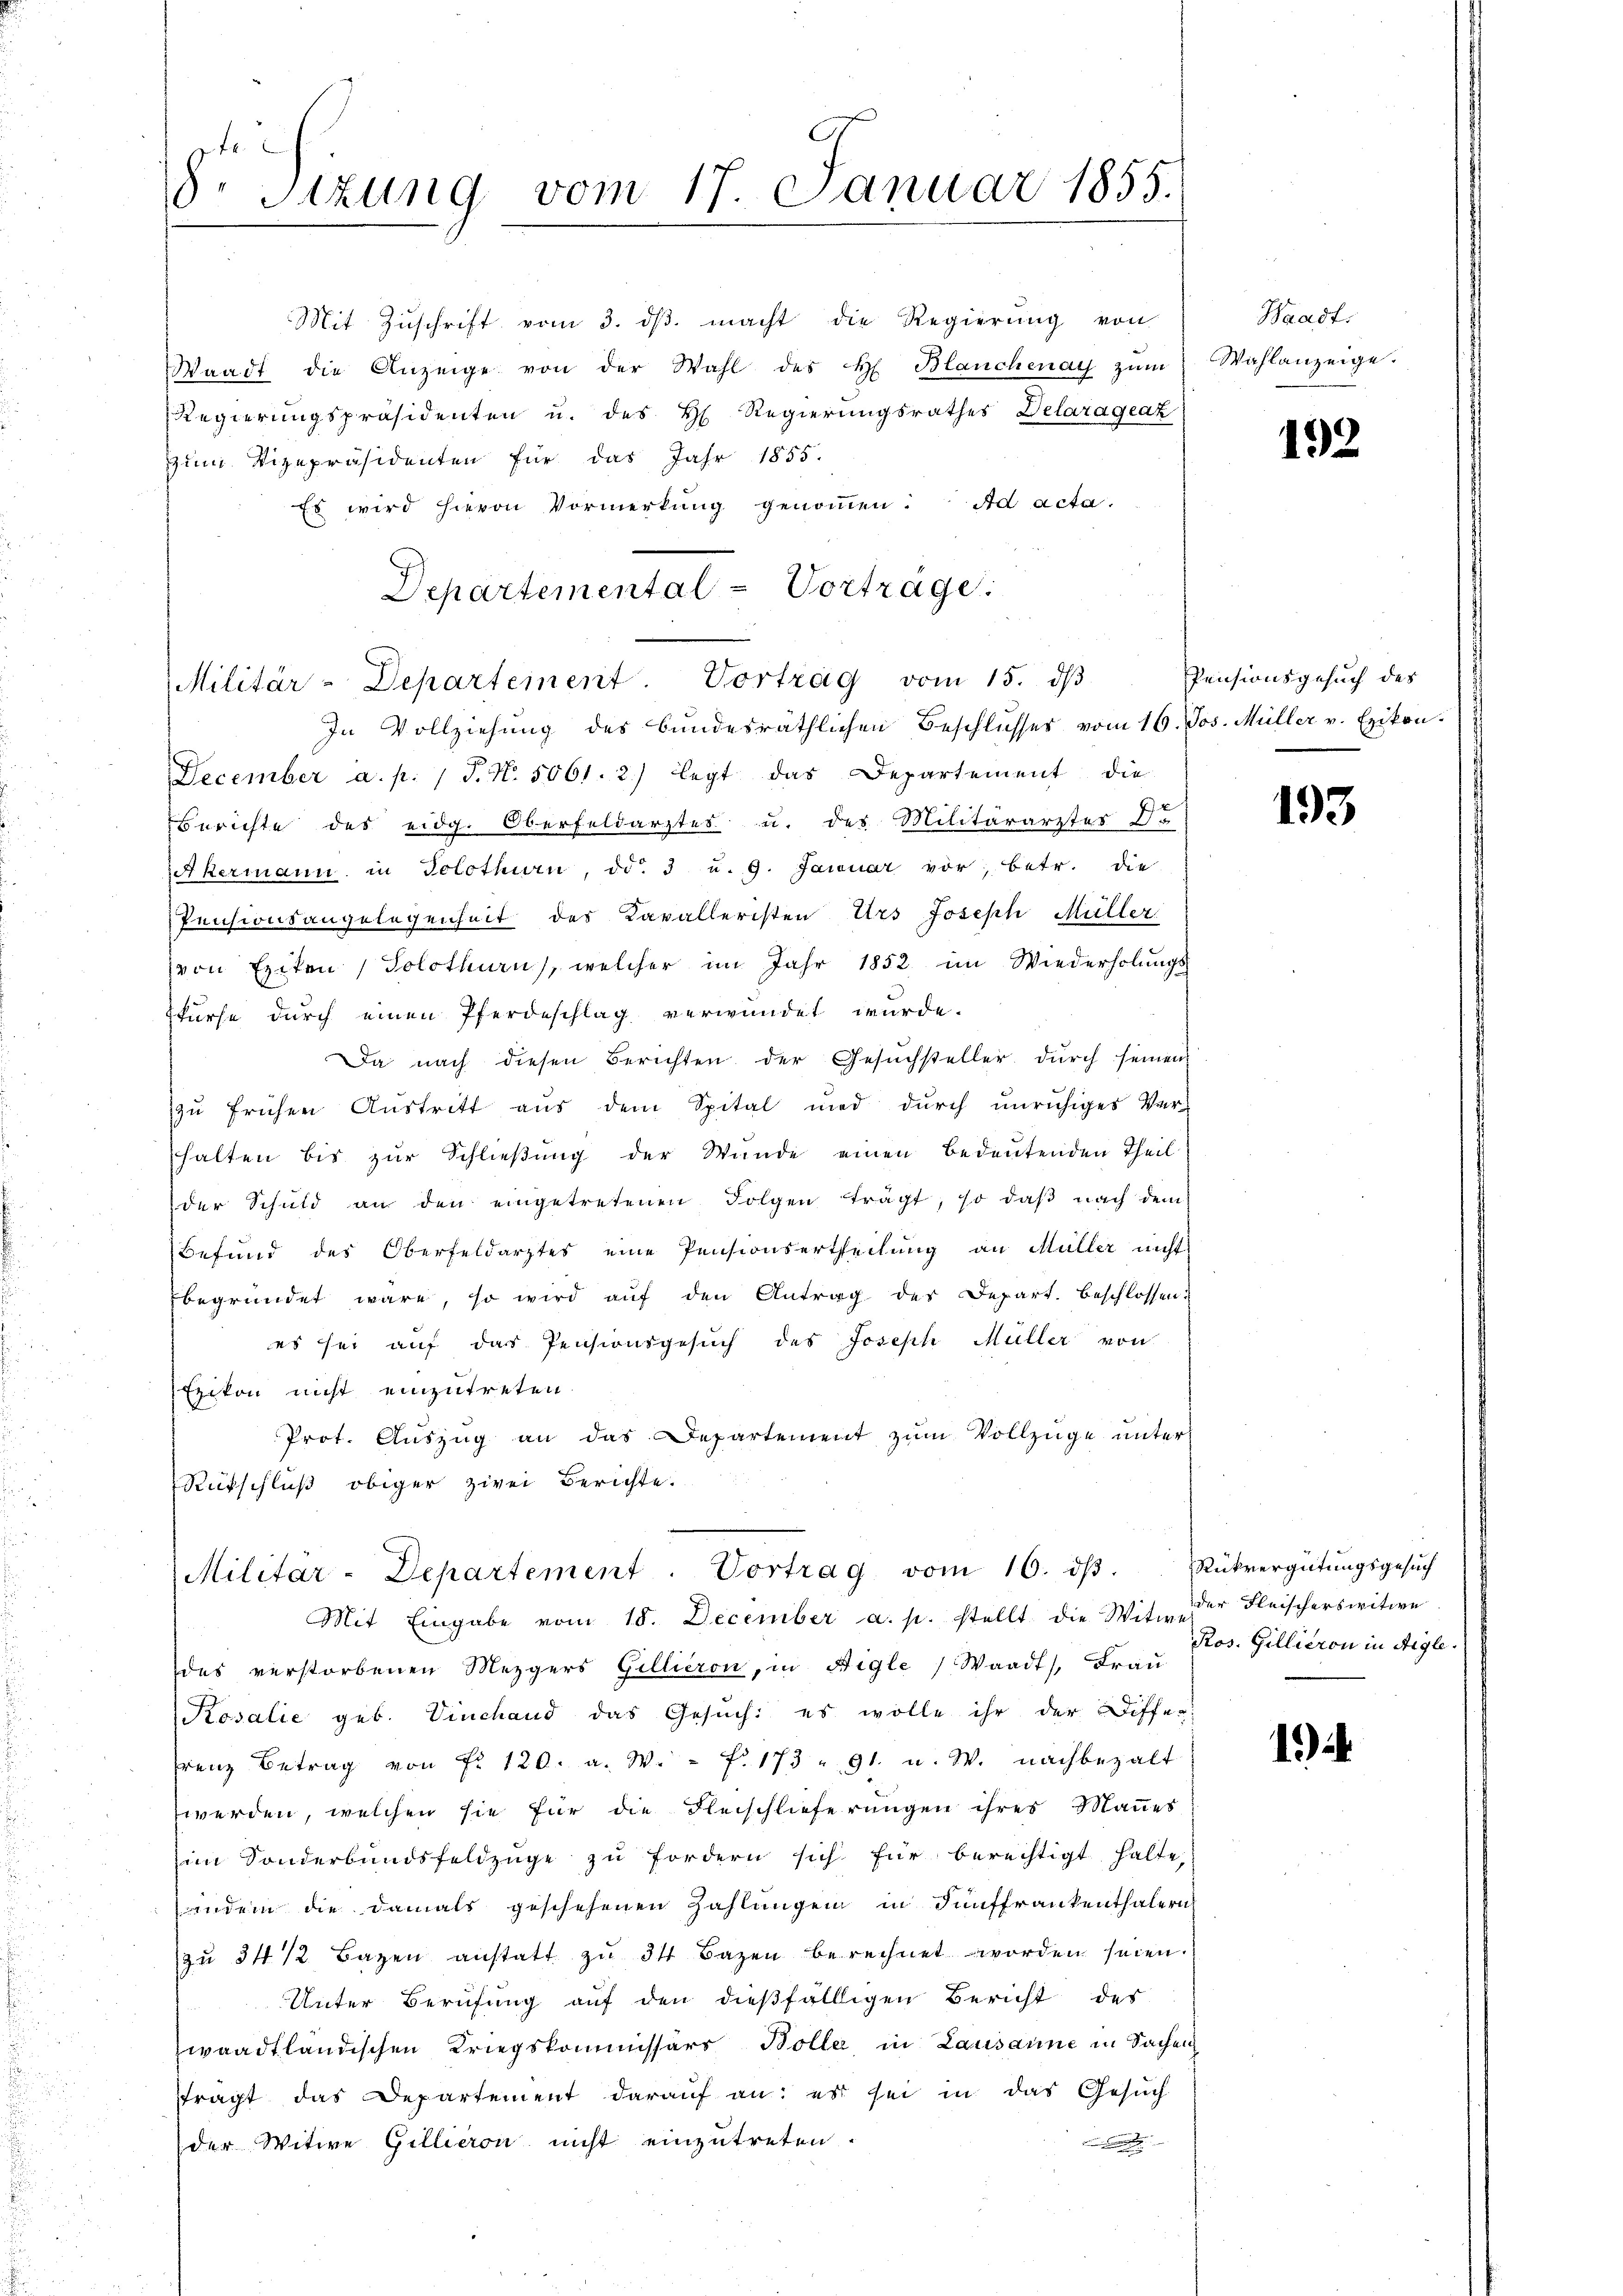
8. Sizung vom 17. Januar 1855.

Mit Zuschrift vom 3. dβ macht die Regierung von
Waadt die Anzeige von der Wahl des H. Blanchenau zum
Regierungspräsidenten u. des H. Regierungsrathes Delaragraz
zum Vizepräsidenten für das Jahr 1855.
Es wird hievon Vormerkung genommen. Ad acta.
Departemental Vortrage:

Militär-Departement. Vortrag vom 15. dβ

In Vollziehung des bundesräthlichen Beschlusses vom 16. Jos. Müller v. Exikon.
December a. p. 1 P. N. 5061. 2.) legt das Departement, die
Berichte des eidg. Oberfeldarztes u. des Militärarztes Dr
Akermann in Solothurn, ddo. 3 u. 9. Januar vor, betr. die
Pensionsangelegenheit des Kavalleristen Urs Joseph Müller
von Exiten, Solothurn, welcher im Jahr 1852 im Wiederholŭngs-
kurse durch einen Pferdeschlag verwundet wurde.
Da nach diesen Berichten der Gesuchsteller durch seinen
zŭ frühen Aŭstritt aŭs dem Spital und dŭrch ŭnrŭhiges Ver-
halten bis zur Schließung der Wunde einen Bedeutenden Theil
der Schuld an den eingetretenen Folgen trägt, so daβ nach dem
Befund des Oberfeldarztes eine Pensionsertheilung an Müller nicht
begründet wäre, so wird auf den Antrag des Depart. beschlossen u
es sei auf das Pensionsgesuch des Joseph Müller von
Ezikon nicht einzutreten.
Prot. Aŭszŭg an das Departement zŭm Vollzüge unter
Rückschluß obiger zwei Berichte.
Militär-Departement. Vortrag vom 16. dβ. Rückvergütŭngsgesŭch
Mit Eingabe vom 18. December a. p. stellt die Witwe
des verstorbenen Mezgers Gillieron, in Aigle (Waadt, Frau
Kosalie geb. Vinchand das Gesŭch: es wolle ihr der Differ
renz Betrag von Fr. 120. a. W. f. 173 " 91. u. W. nachbezalt
werden, welchen sie für die Fleischlieferungen ihres Maṅes
im Sonderbandsfeldzüge zŭ fordern sich für berechtigt halte,
indem die damals geschehenen Zahlungen in Fünffrankenthalern
zŭ 34 1/2 Bazen anstatt zŭ 34 Bazen berechnet worden seien.
Unter Berufung auf den dießfälligen Bericht des
zwaadtländischen Kriegskommissärs Böller in Lausanne in Sachen
ftragt das Departement darauf an: es sei in das Gesuch
der Witwe Gillieren nicht einzutreten.

Waadt.
Wahlanzeige.

192

Pensionsgesuch des

193

der Fleischerswitwe
Ros. Gillieron in Aigle.

1)